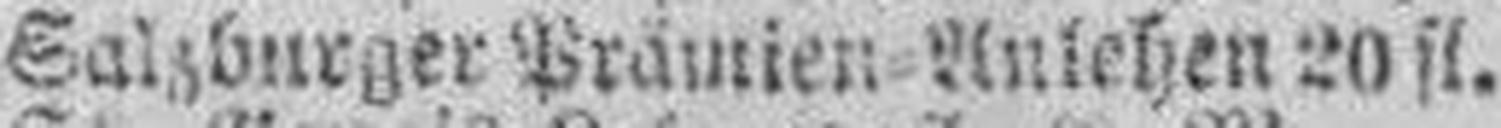
Salzburger Prämien=Anlehen 20 fl.